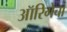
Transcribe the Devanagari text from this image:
ऑरिगेचा